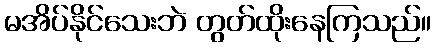
မအိပ်နိုင်သေးဘဲ တွတ်ထိုးနေကြသည်။